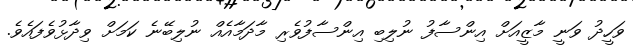
ވަހީދު ވަނީ މާޒީއަށް އިންސާފު ނުލިބި އިންސާފުވެރި މާދަމާއެއް ނުލިބޭނެ ކަމަށް ވިދާޅުވެފައެވެ.